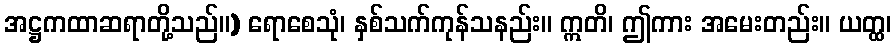
အဋ္ဌကထာဆရာတို့သည်။) ရောစေသုံ၊ နှစ်သက်ကုန်သနည်း။ ဣတိ၊ ဤကား အမေးတည်း။ ယတ္ထ၊